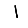
Digit: 1